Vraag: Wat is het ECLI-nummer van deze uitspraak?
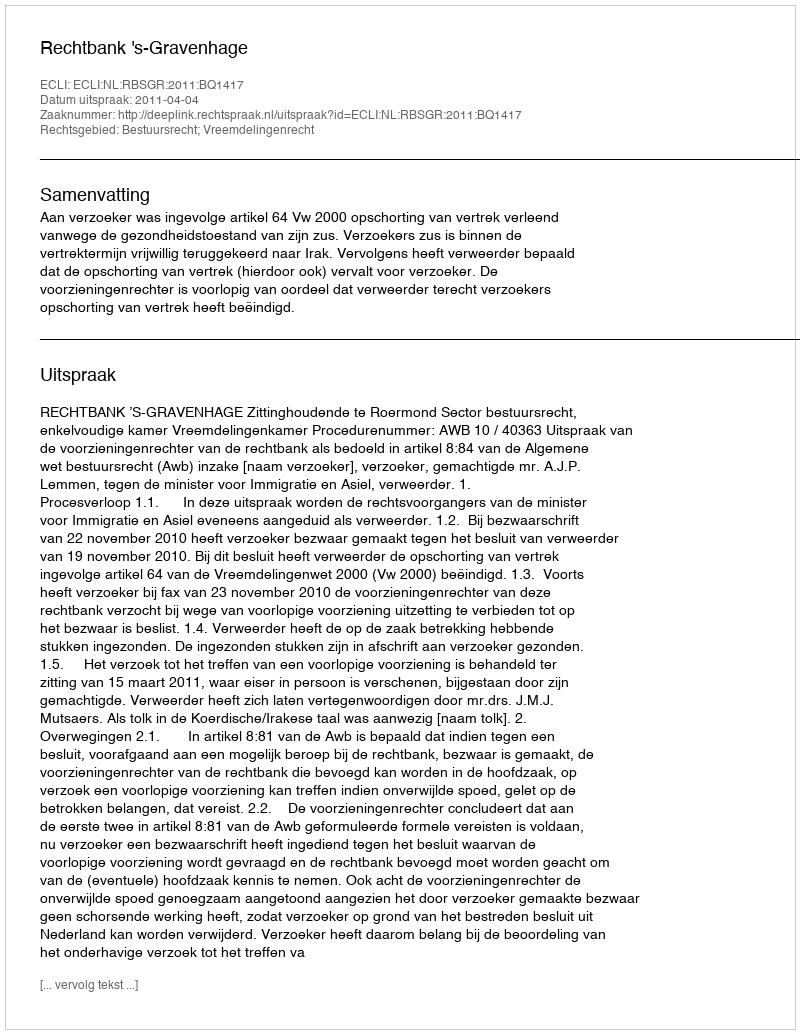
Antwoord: ECLI:NL:RBSGR:2011:BQ1417